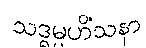
သဒ္ဓမ္မဟိံသနာ